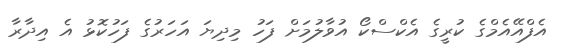
އެފްއޭއެމްގެ ކުރީގެ އެކްސްކޯ އުވާލުމަށް ފަހު މިދިޔަ އަހަރުގެ ފަހުކޮޅު އެ އިދާރާ